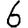
Digit: 6